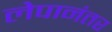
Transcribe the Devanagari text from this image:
लेपानंतर